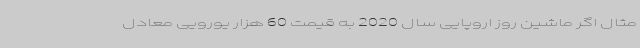
مثال اگر ماشین روز اروپایی سال 2020 به قیمت 60 هزار یورویی معادل